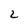
Character: 2